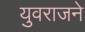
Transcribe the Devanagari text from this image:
युवराजने